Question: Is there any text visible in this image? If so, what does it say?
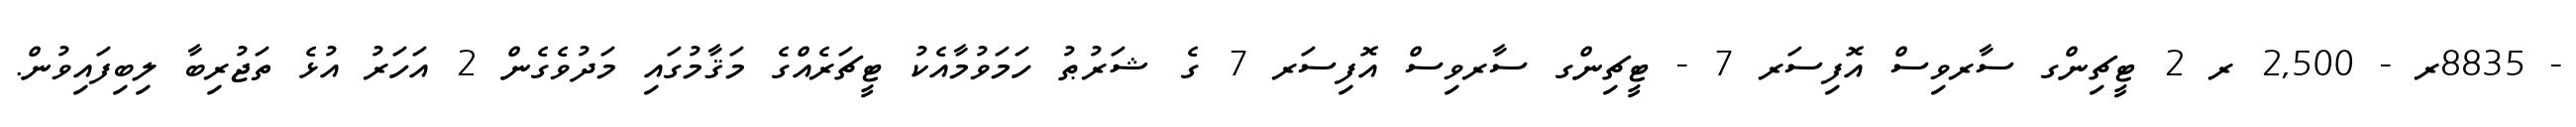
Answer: - 8835ރ - 2,500 ރ 2 ޓީޗިންގ ސާރވިސް އޮފިސަރ 7 - ޓީޗިންގ ސާރވިސް އޮފިސަރ 7 ގެ ޝަރުޠު ހަމަވުމާއެކު ޓީޗަރެއްގެ މަޤާމުގައި މަދުވެގެން 2 އަހަރު އުޅެ ތަޖުރިބާ ލިބިފައިވުން.